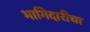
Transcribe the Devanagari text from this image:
भागिदारीचा